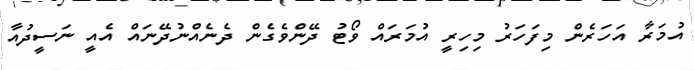
އުމަރާ އަހަރެން މިފަހަރު މިހިރީ އުމަރައް ވޯޓު ދޭންވެގެން ދެނެއްނުދޭނައް އެއީ ނަސީދުއާ